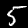
Digit: 5